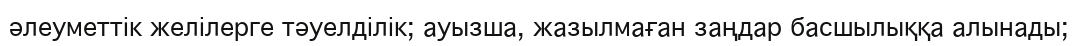
әлеуметтік желілерге тәуелділік; ауызша, жазылмаған заңдар басшылыққа алынады;